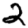
Digit: 2